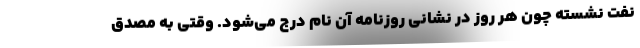
نفت نشسته چون هر روز در نشانی روزنامه آن نام درج می‌شود. وقتی به مصدق